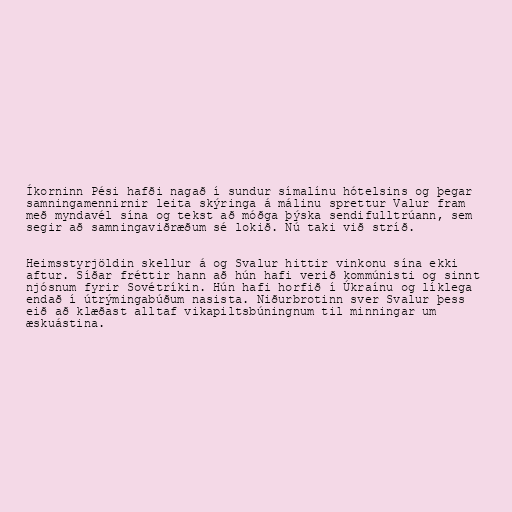
Íkorninn Pési hafði nagað í sundur símalínu hótelsins og þegar
samningamennirnir leita skýringa á málinu sprettur Valur fram
með myndavél sína og tekst að móðga þýska sendifulltrúann, sem
segir að samningaviðræðum sé lokið. Nú taki við stríð.

Heimsstyrjöldin skellur á og Svalur hittir vinkonu sína ekki
aftur. Síðar fréttir hann að hún hafi verið kommúnisti og sinnt
njósnum fyrir Sovétríkin. Hún hafi horfið í Úkraínu og líklega
endað í útrýmingabúðum nasista. Niðurbrotinn sver Svalur þess
eið að klæðast alltaf vikapiltsbúningnum til minningar um
æskuástina.